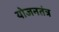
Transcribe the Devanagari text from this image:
योजनतंत्र